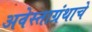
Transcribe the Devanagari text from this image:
अवेस्ताग्रंथाचे